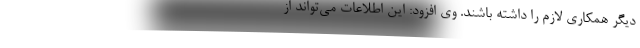
دیگر همکاری لازم را داشته باشند. وی افزود: این اطلاعات می‌تواند از